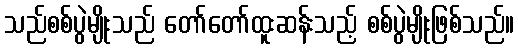
သည်စစ်ပွဲမျိုးသည် တော်တော်ထူးဆန်းသည့် စစ်ပွဲမျိုးဖြစ်သည်။